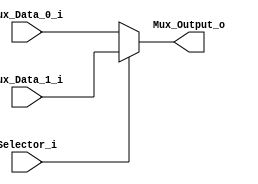
/******************************************************************
* Description
*	This is a 2 to 1 multiplexer that can be parameterized in its bit-width.
*	1.0
* Author:
*	Dr. Jos Luis Pizano Escalante
* email:
*	luispizano@iteso.mx
* Date:
*	16/08/2021
******************************************************************/

module Multiplexer_2_to_1
#(
	parameter NBits = 32 // el tamo en bits de los datos
)
(
	input Selector_i,
	input [NBits-1:0] Mux_Data_0_i,
	input [NBits-1:0] Mux_Data_1_i,
	
	output reg [NBits-1:0] Mux_Output_o

);
// cualquier comparacion que requiera de varias lineas va dentro de un always
// si no se espesifica un flanco se activa la condicion a partir de cualquier cambio de valor
	always@(Selector_i ,Mux_Data_1_i ,Mux_Data_0_i) begin
		if(Selector_i)
			Mux_Output_o = Mux_Data_1_i;
		else
			Mux_Output_o = Mux_Data_0_i;
	end

endmodule